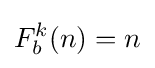
F_{b}^{k}(n)=n